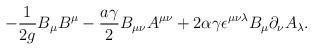
LaTeX: \begin{align*}-{1\over{2g}}B_\mu B^\mu-{{a\gamma}\over 2}B_{\mu\nu}A^{\mu\nu}+2\alpha\gamma\epsilon^{\mu\nu\lambda} B_\mu\partial_\nu A_\lambda.\end{align*}